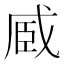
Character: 𮍏